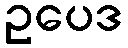
ဥပေဒ